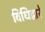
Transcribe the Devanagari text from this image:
विधिद्वारे